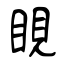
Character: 睍